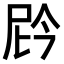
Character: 𫢩